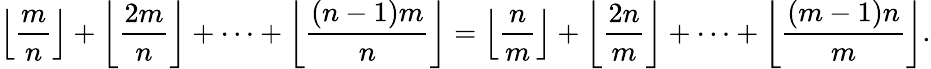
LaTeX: \left\lfloor{\frac{m}{n}}\right\rfloor+\left\lfloor{\frac{2m}{n}}\right\rfloor+\dots+\left\lfloor{\frac{(n-1)m}{n}}\right\rfloor=\left\lfloor{\frac{n}{m}}\right\rfloor+\left\lfloor{\frac{2n}{m}}\right\rfloor+\dots+\left\lfloor{\frac{(m-1)n}{m}}\right\rfloor.